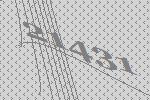
21431